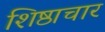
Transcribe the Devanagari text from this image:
शिष्ठाचार